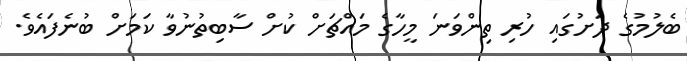
ބެލުމުގެ ދަށުގައި ހުރި ތިންވަނަ މީހާގެ މައްޗަށް ކުށް ސާބިތުނުވާ ކަމަށް ބުނެފައެވެ.